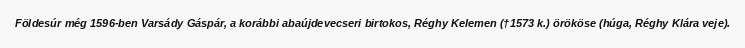
Földesúr még 1596-ben Varsády Gáspár, a korábbi abaújdevecseri birtokos, Réghy Kelemen (†1573 k.) örököse (húga, Réghy Klára veje).